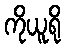
ကိုယူရို